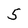
Character: 5